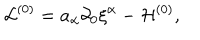
LaTeX: { \cal L } ^ { ( 0 ) } = a _ { \alpha } \partial _ { 0 } { \xi } ^ { \alpha } - { \cal H } ^ { ( 0 ) } ,